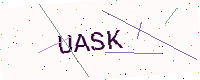
Text: UASK